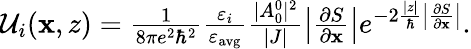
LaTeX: \begin{array}{r}{\mathcal{U}_{i}(\mathbf{x},z)=\frac{1}{8\pi e^{2}\hbar^{2}}\frac{\varepsilon_{i}}{\varepsilon_{\mathrm{avg}}}\frac{|A_{0}^{0}|^{2}}{|J|}\left|\frac{\partial S}{\partial\mathbf{x}}\right|e^{-2\frac{|z|}{\hbar}\left|\frac{\partial S}{\partial\mathbf{x}}\right|}.}\end{array}